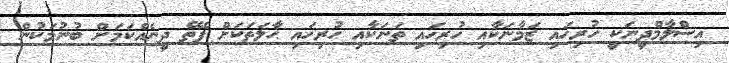
އިސްލާމްދީނަކީ ހުރިހައި ޒަމާނަކާއި ހުރިހައި ތަނަކާއި ހުރިހައި ޙާލަތަކަށް ފެތޭ ދީނެއްކަމަށް ބުނުމަކުން